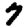
Digit: 7